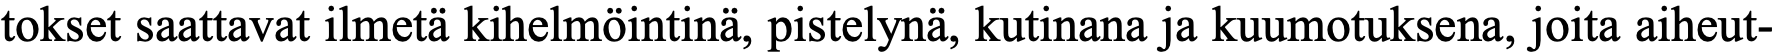
tokset saattavat ilmetä kihelmöintinä, pistelynä, kutinana ja kuumotuksena, joita aiheut-